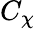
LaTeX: C_{\chi}